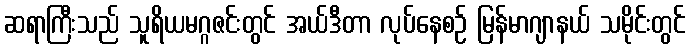
ဆရာကြီးသည် သူရိယမဂ္ဂဇင်းတွင် အယ်ဒီတာ လုပ်နေစဉ် မြန်မာဂျာနယ် သမိုင်းတွင်